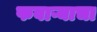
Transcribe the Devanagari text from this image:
फवाऱ्याचा